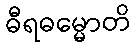
ဓီရဓမ္မောတိ